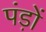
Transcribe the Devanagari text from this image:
पंड़ों